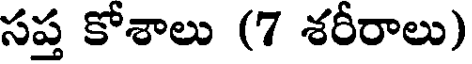
సప్త కోశాలు (7 శరీరాలు)